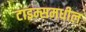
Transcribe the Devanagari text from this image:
टाइम्समधील